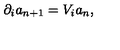
\partial _ { i } a _ { n + 1 } = V _ { i } a _ { n } ,